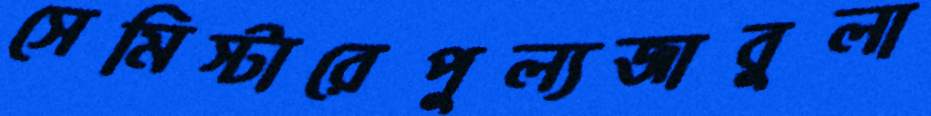
সেমিস্টারেপুল্যজাবুলা